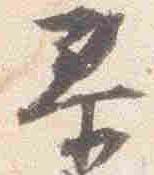
泰